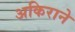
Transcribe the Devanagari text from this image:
अकिराने